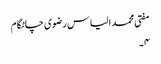
مفتی محمد الیاس رضوی چاٹگام
۴۔